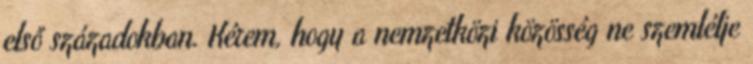
első századokban. Kérem, hogy a nemzetközi közösség ne szemlélje